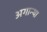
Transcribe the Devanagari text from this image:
अगान्था